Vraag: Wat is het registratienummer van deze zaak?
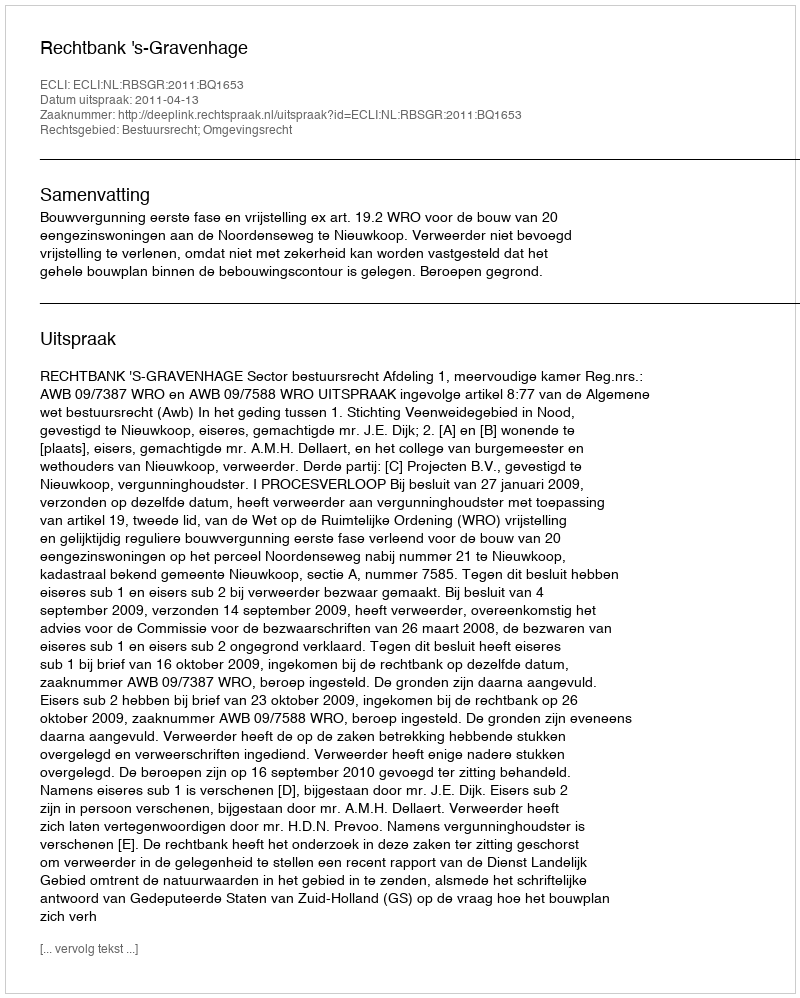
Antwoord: http://deeplink.rechtspraak.nl/uitspraak?id=ECLI:NL:RBSGR:2011:BQ1653